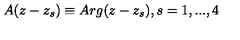
A ( z - z _ { s } ) \equiv A r g ( z - z _ { s } ) , s = 1 , . . . , 4